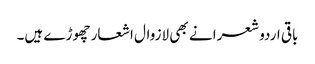
باقی اردو شعرا نے بھی لازوال اشعار چھوڑے ہیں۔